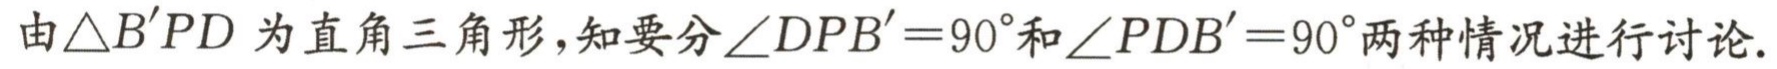
由\(\triangle B'PD\)为直角三角形，知要分\(\angle DPB' = 90^{\circ}\)和\(\angle PDB' = 90^{\circ}\)两种情况进行讨论.